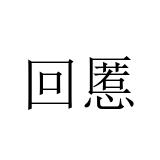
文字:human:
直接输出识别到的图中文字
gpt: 回慝